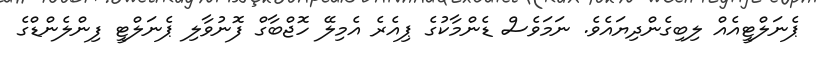
ޕެނަލްޓީއެއް ލިބިގެންދިޔައެވެ. ނަމަވެސް ޑެންމާކުގެ ޕިއެރެ އެމިލޭ ހޮޖްބާގް ފޮނުވާލި ޕެނަލްޓީ ފިންލެންޑްގެ